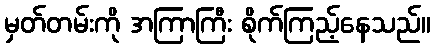
မှတ်တမ်းကို အကြာကြီး စိုက်ကြည့်နေသည်။